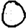
Digit: 0